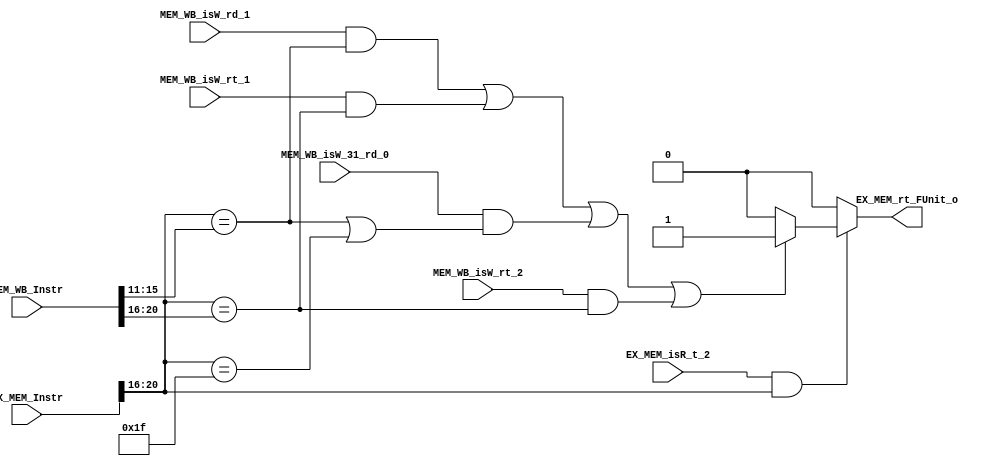
module EX_MEM_rt_FUnit(EX_MEM_Instr,MEM_WB_Instr,
    EX_MEM_isR_t_2,
    MEM_WB_isW_rd_1,MEM_WB_isW_rt_1,MEM_WB_isW_31_rd_0,MEM_WB_isW_rt_2,
    EX_MEM_rt_FUnit_o);
    
    
    
    
    input[31:0] EX_MEM_Instr;
    input[31:0] MEM_WB_Instr;
    
	  input EX_MEM_isR_t_2;
	
    input MEM_WB_isW_rd_1;
    input MEM_WB_isW_rt_1;
    input MEM_WB_isW_31_rd_0;
    input MEM_WB_isW_rt_2;
    
    output EX_MEM_rt_FUnit_o;
    //rs[25:21]	rt[20:16]	rd[15:11]

    reg FUnit_reg;
    
    assign EX_MEM_rt_FUnit_o=FUnit_reg;
    
    always@(EX_MEM_Instr or MEM_WB_Instr)
		begin
		  FUnit_reg=0;
		  if(EX_MEM_isR_t_2 && EX_MEM_Instr[20:16])
			begin
			  if((MEM_WB_isW_rd_1 &&
			  (EX_MEM_Instr[20:16]==MEM_WB_Instr[15:11]))
			    ||
			  (MEM_WB_isW_rt_1 &&
			  (EX_MEM_Instr[20:16]==MEM_WB_Instr[20:16]))
			    ||
			  (MEM_WB_isW_31_rd_0 &&
			  ((EX_MEM_Instr[20:16]==MEM_WB_Instr[15:11])||
			  (EX_MEM_Instr[20:16]==31)))
				||
			  (MEM_WB_isW_rt_2 &&
			  (EX_MEM_Instr[20:16]==MEM_WB_Instr[20:16]))
			  )
			    FUnit_reg=1;
				
			end
		
		end
    
    
    
endmodule